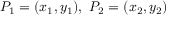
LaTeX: P _ { 1 } = ( x _ { 1 } , y _ { 1 } ) , \ P _ { 2 } = ( x _ { 2 } , y _ { 2 } )